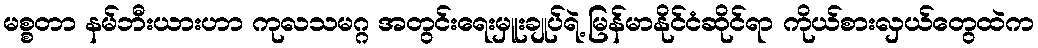
မစ္စတာ နမ်ဘီးယားဟာ ကုလသမဂ္ဂ အတွင်းရေးမှူးချုပ်ရဲ့ မြန်မာနိုင်ငံဆိုင်ရာ ကိုယ်စားလှယ်တွေထဲက